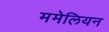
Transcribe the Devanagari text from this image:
ममेलियन